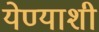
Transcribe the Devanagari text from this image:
येण्याशी